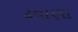
ઢવાણા